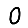
Digit: 0